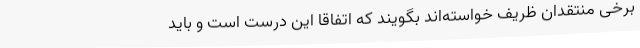
برخی منتقدان ظریف خواسته‌اند بگویند که اتفاقا این درست است و باید